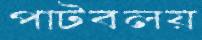
পাটবলয়